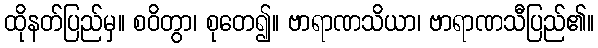
ထိုနတ်ပြည်မှ။ စဝိတွာ၊ စုတေ၍။ ဗာရာဏသိယာ၊ ဗာရာဏသီပြည်၏။